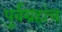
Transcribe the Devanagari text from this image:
पूर्वग्रहांच